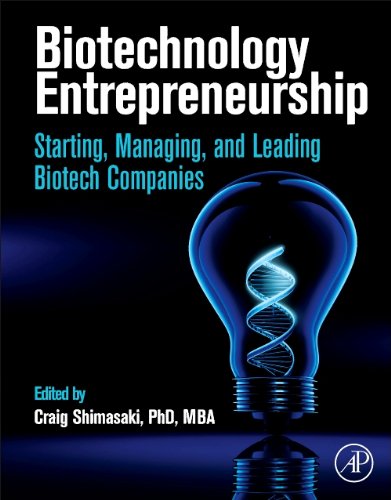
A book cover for Biotechnology Entrepreneurship: Starting, Managing, and Leading Biotech Companies; Medical Books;